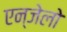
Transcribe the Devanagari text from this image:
एन्जेलो